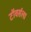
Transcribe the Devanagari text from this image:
टॉवर्सला